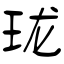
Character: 珑